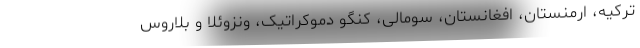
ترکیه، ارمنستان، افغانستان، سومالی، کنگو دموکراتیک، ونزوئلا و بلاروس